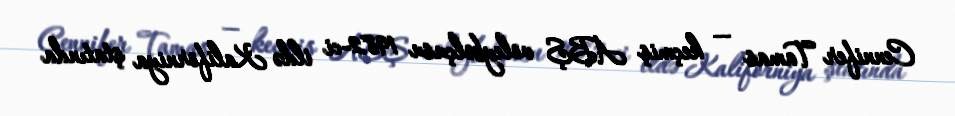
Cennifer Tamas — keçmiş ABŞ voleybolçusu 1982-ci ildə Kaliforniya ştatında